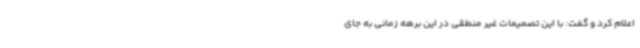
اعلام کرد و گفت: با این تصمیمات غیر منطقی در این برهه زمانی به جای